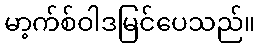
မာ့က်စ်ဝါဒမြင်ပေသည်။